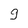
Character: 9